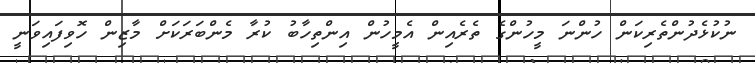
ނުކުޅެދުންތެރިކަން ހުންނަ މީހުންގެ ތެރެއިން އެމީހުން އިންތިހާބު ކުރާ މެންބަރަކަށް މާޒިން ހޮވިފައިވަނީ